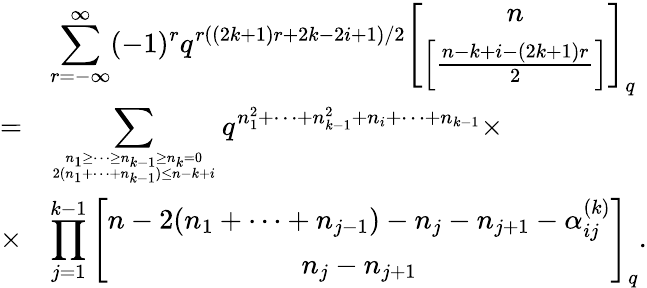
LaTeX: \begin{array}{cl}{{}}&{{\displaystyle\sum_{r=-\infty}^{\infty}(-1)^{r}q^{r((2k+1)r+2k-2i+1)/2}\left[\begin{array}{c}{{n}}\\ {{\left[\frac{n-k+i-(2k+1)r}{2}\right]}}\end{array}\right]_{q}}}\\ {{=}}&{{\displaystyle\sum_{{n_{1}\geq\cdots\geq n_{k-1}\geq n_{k}=0}\atop{2(n_{1}+\cdots+n_{k-1})\leq n-k+i}}q^{n_{1}^{2}+\cdots+n_{k-1}^{2}+n_{i}+\cdots+n_{k-1}}\times}}\\ {{\times}}&{{\displaystyle\prod_{j=1}^{k-1}\left[\begin{array}{c}{{n-2(n_{1}+\cdots+n_{j-1})-n_{j}-n_{j+1}-\alpha_{ij}^{(k)}}}\\ {{n_{j}-n_{j+1}}}\end{array}\right]_{q}.}}\end{array}